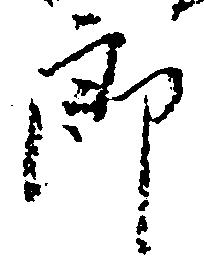
郎